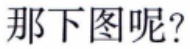
那下图呢？